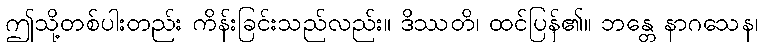
ဤသို့တစ်ပါးတည်း ကိန်းခြင်းသည်လည်း။ ဒိဿတိ၊ ထင်ပြန်၏။ ဘန္တေ နာဂသေန၊